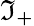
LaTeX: \mathfrak{I}_{+}